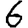
Digit: 6